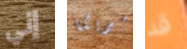
إني أميريكا قد